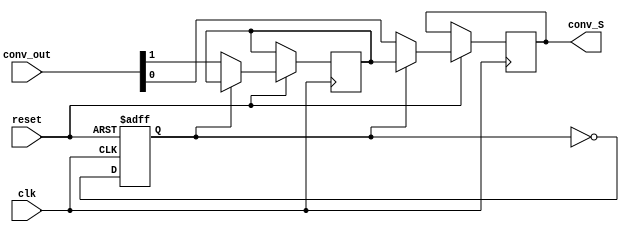
module P_to_S(
	input [1:0] conv_out,
	input clk,
	input reset,
	output reg conv_S
);

reg status;
reg pre_conv1;


always@(posedge clk or negedge reset) begin
	if (~reset) status <= 0;
	
	else begin 
	if(~status) 
		begin
		conv_S <= conv_out[0];
		pre_conv1 <= conv_out[1];
		end
	else 
		conv_S <= pre_conv1;
	status <= ~status;
	end
end

endmodule